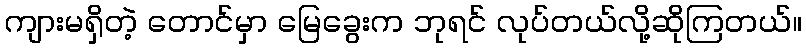
ကျားမရှိတဲ့ တောင်မှာ မြေခွေးက ဘုရင် လုပ်တယ်လို့ဆိုကြတယ်။